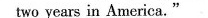
for two years in America."